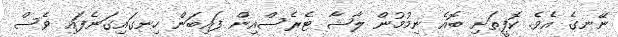
ނޭނގެ އެވެ. ކޮފީތަށި ބޮއެ ނިމުމުން ލާޝާ ޓެރެސްއިން ފައިބަން ހިނގައިގަނެފައި ވެސް